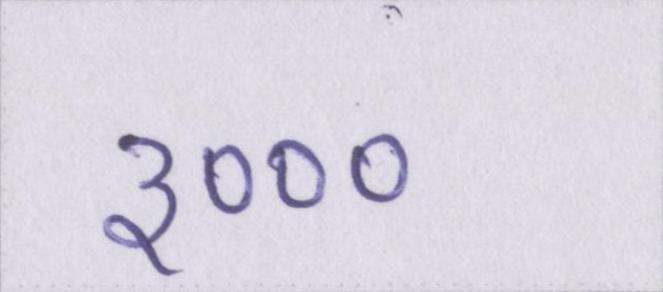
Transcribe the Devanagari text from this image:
३०००